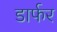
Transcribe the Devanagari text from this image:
डार्फर